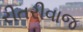
રીતરીવાજ